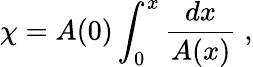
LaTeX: \chi=A(0)\int_{0}^{x}\frac{dx}{A(x)}\; ,